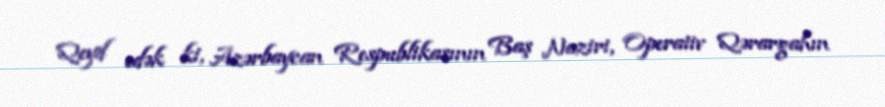
Qeyd edək ki, Azərbaycan Respublikasının Baş Naziri, Operativ Qərargahın